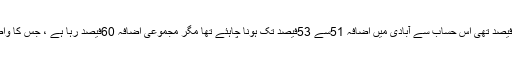
محکمہ شماریات کے ذرائع کے مطابق 1998ء کی شرح اضافہ جو 2.69فیصد تھی اس حساب سے آبادی میں اضافہ 51سے 53فیصد تک ہونا چاہئے تھا مگر مجموعی اضافہ 60فیصد رہا ہے ، جس کا واضح مطلب یہ ہے کہ پاکستان کی سالانہ شرح اضافہ میں بھی اضافہ ہوا ہے۔